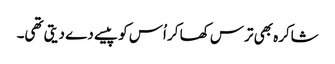
شاکرہ بھی ترس کھا کر اُس کو پیسے دے دیتی تھی۔